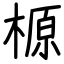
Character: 榞